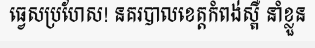
ធ្វេសប្រហែស! នគរបាលខេត្តកំពង់ស្ពឺ នាំខ្លួន